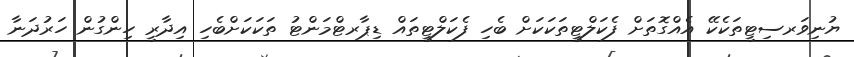
ޔުނިވަރސިޓީތަކެކޭ އެއްގޮތަށް ފެކަލްޓީތަކަކަށް ބެހި ފެކަލްޓީތައް ޑިޕާރޓްމަންޓު ތަކަކަށްބެހި އިދާރީ ހިންގުން ހަރުދަނާ